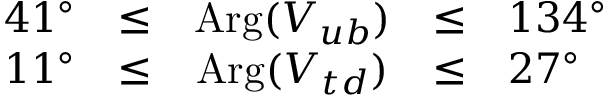
\begin{array} { r c c c l } { { 4 1 ^ { \circ } } } & { { \le } } & { { \mathrm { A r g } ( V _ { u b } ) } } & { { \le } } & { { 1 3 4 ^ { \circ } } } \\ { { 1 1 ^ { \circ } } } & { { \le } } & { { \mathrm { A r g } ( V _ { t d } ) } } & { { \le } } & { { 2 7 ^ { \circ } } } \end{array}